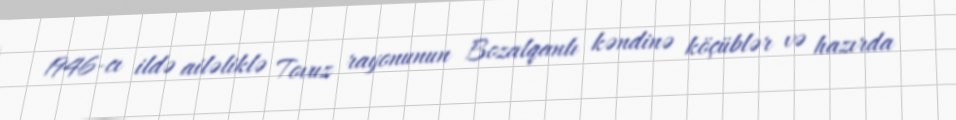
1946-cı ildə ailəliklə Tovuz rayonunun Bozalqanlı kəndinə köçüblər və hazırda